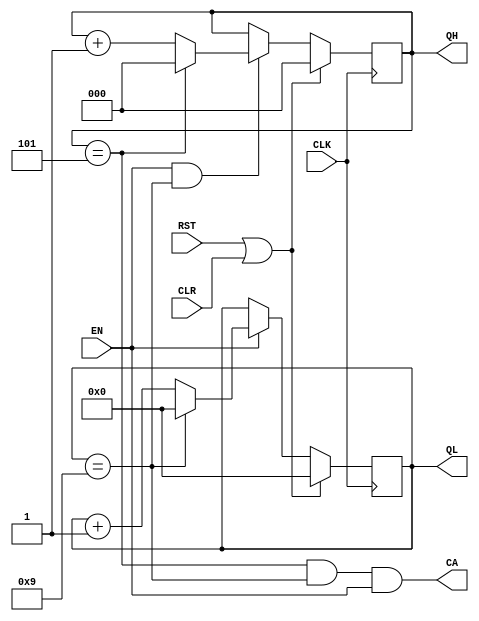
module SECCNT(
	input CLK, RST,
	input EN, CLR,
	output reg [2:0] QH,
	output reg [3:0] QL,
	output CA
);

//first digit
always @(posedge CLK) begin
	if(RST|CLR)
		QL <= 4'd0;
	else if(EN==1'b1) begin
		if (QL == 4'd9)
			QL <= 4'd0;
		else
			QL = QL + 1'b1;
	end
end


// second digit
always @(posedge CLK) begin
	if(RST|CLR)
		QH <= 3'd0;
	else if (EN==1'b1 && QL==4'd9) begin
		if(QH==3'd5)
			QH<= 3'd0;
		else
			QH = QH+1'b1;
	end
end

// carry 
assign CA = (QH==3'd5 && QL==4'd9 && EN==1'b1);

endmodule